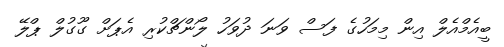
ބީއެމްއެލް އިން މިމަހުގެ ފަސް ވަނަ ދުވަހު ލޯންޗްކުރި އެޕަށް ގޫގުލް ޕްލޭ